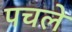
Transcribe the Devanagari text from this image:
पचले